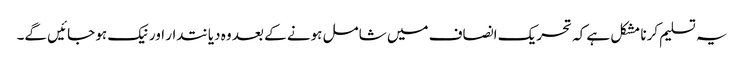
یہ تسلیم کرنا مشکل ہے کہ تحریک انصاف میں شامل ہونے کے بعد وہ دیانتدار اور نیک ہو جائیں گے۔